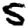
Digit: 5